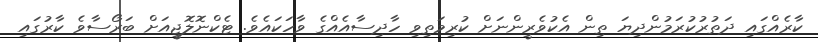
ކާރެއްގައި ދަތުރުކުރަމުންދިޔަ ތިން އެކުވެރީންނަށް ކުރިމަތިވި ހާދިސާއެއްގެ ވާހަކައެވެ. ޓެކްނޮލޮޖީއަށް ބަރޯސާވެ ކާރުގައި